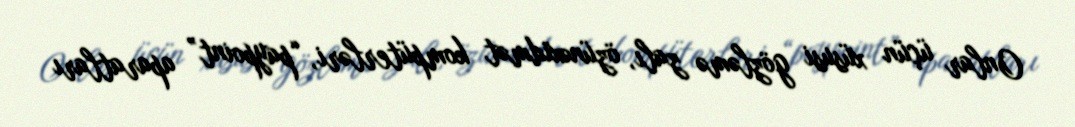
Onlar üçün xüsusi gözləmə zalı, özünəxidmət kompüterləri, “paypoint” aparatları